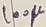
Text: 100µ